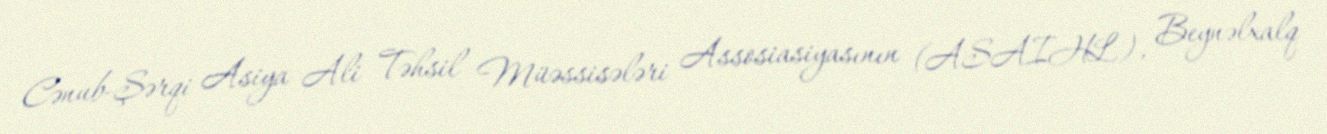
Cənub-Şərqi Asiya Ali Təhsil Müəssisələri Assosiasiyasının (ASAIHL), Beynəlxalq